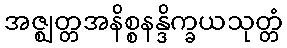
အဇ္ဈတ္တအနိစ္စနန္ဒိက္ခယသုတ္တံ